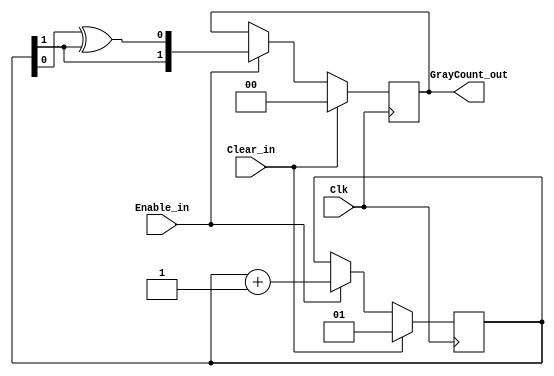
module ac97_graycounter
   #(parameter   COUNTER_WIDTH = 2)
   
    (output reg  [COUNTER_WIDTH-1:0]    GrayCount_out,  //'Gray' code count output.
    
     input wire                         Enable_in,  //Count enable.
     input wire                         Clear_in,   //Count reset.
    
     input wire                         Clk);

    /////////Internal connections & variables///////
    reg    [COUNTER_WIDTH-1:0]         BinaryCount;

    /////////Code///////////////////////
    
    always @ (posedge Clk)
        if (Clear_in) begin
            BinaryCount   <= {COUNTER_WIDTH{1'b 0}} + 1;  //Gray count begins @ '1' with
            GrayCount_out <= {COUNTER_WIDTH{1'b 0}};      // first 'Enable_in'.
        end
        else if (Enable_in) begin
            BinaryCount   <= BinaryCount + 1;
            GrayCount_out <= {BinaryCount[COUNTER_WIDTH-1],
                              BinaryCount[COUNTER_WIDTH-2:0] ^ BinaryCount[COUNTER_WIDTH-1:1]};
        end

endmodule